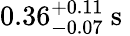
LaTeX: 0.36_{-0.07}^{+0.11}\mathrm{~s~}